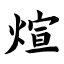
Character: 煊